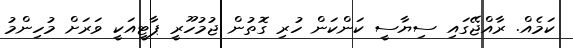
ކަމެއް. ރާއްޖޭގައި ސިޔާސީ ކަންކަން ހުރި ގޮތުން ޖުމުހޫރީ ޕާޓީއަކީ ވަރަށް މުހިންމު